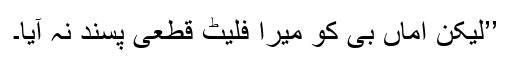
’’لیکن اماں بی کو میرا فلیٹ قطعی پسند نہ آیا۔